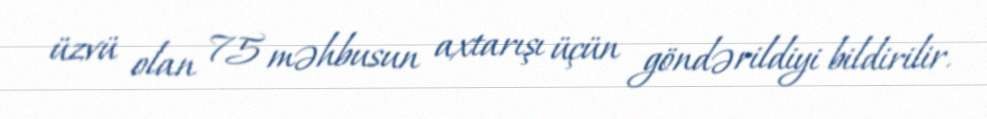
üzvü olan 75 məhbusun axtarışı üçün göndərildiyi bildirilir.